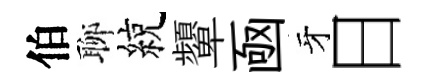
伯聊綂顰凾牙日